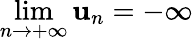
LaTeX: \lim\limits_{n\rightarrow+\infty}\mathbf{u}_{n}=-\infty